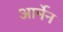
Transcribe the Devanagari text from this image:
आर्मेन